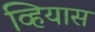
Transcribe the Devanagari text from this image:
व्हियास